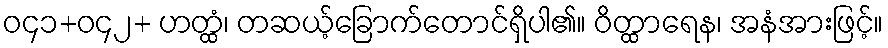
ဝ၄၁+ဝ၄၂+ ဟတ္ထံ၊ တဆယ့်ခြောက်တောင်ရှိပါ၏။ ဝိတ္ထာရေန၊ အနံအားဖြင့်။